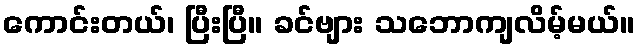
ကောင်းတယ်၊ ပြီးပြီ။ ခင်ဗျား သဘောကျလိမ့်မယ်။